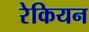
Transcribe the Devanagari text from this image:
रेकियन